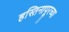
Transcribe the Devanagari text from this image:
हस्तिनापूरच्या